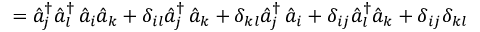
= { \hat { a } } _ { j } ^ { \dagger } { \hat { a } } _ { l } ^ { \dagger } \, { \hat { a } } _ { i } { \hat { a } } _ { k } + \delta _ { i l } { \hat { a } } _ { j } ^ { \dagger } \, { \hat { a } } _ { k } + \delta _ { k l } { \hat { a } } _ { j } ^ { \dagger } \, { \hat { a } } _ { i } + \delta _ { i j } { \hat { a } } _ { l } ^ { \dagger } { \hat { a } } _ { k } + \delta _ { i j } \delta _ { k l }